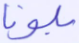
بلونا